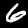
Label: 6